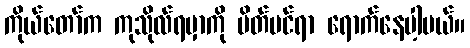
ကိုယ်တော်က ကုသိုလ်ရမှာကို ပိတ်ပင်ရာ ရောက်နေပါ့မယ်။